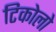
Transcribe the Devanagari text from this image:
टिकोलो